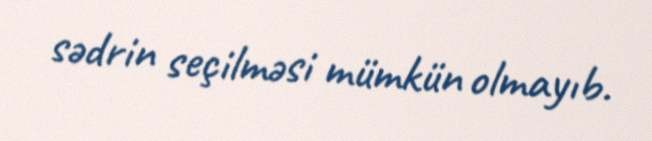
sədrin seçilməsi mümkün olmayıb.